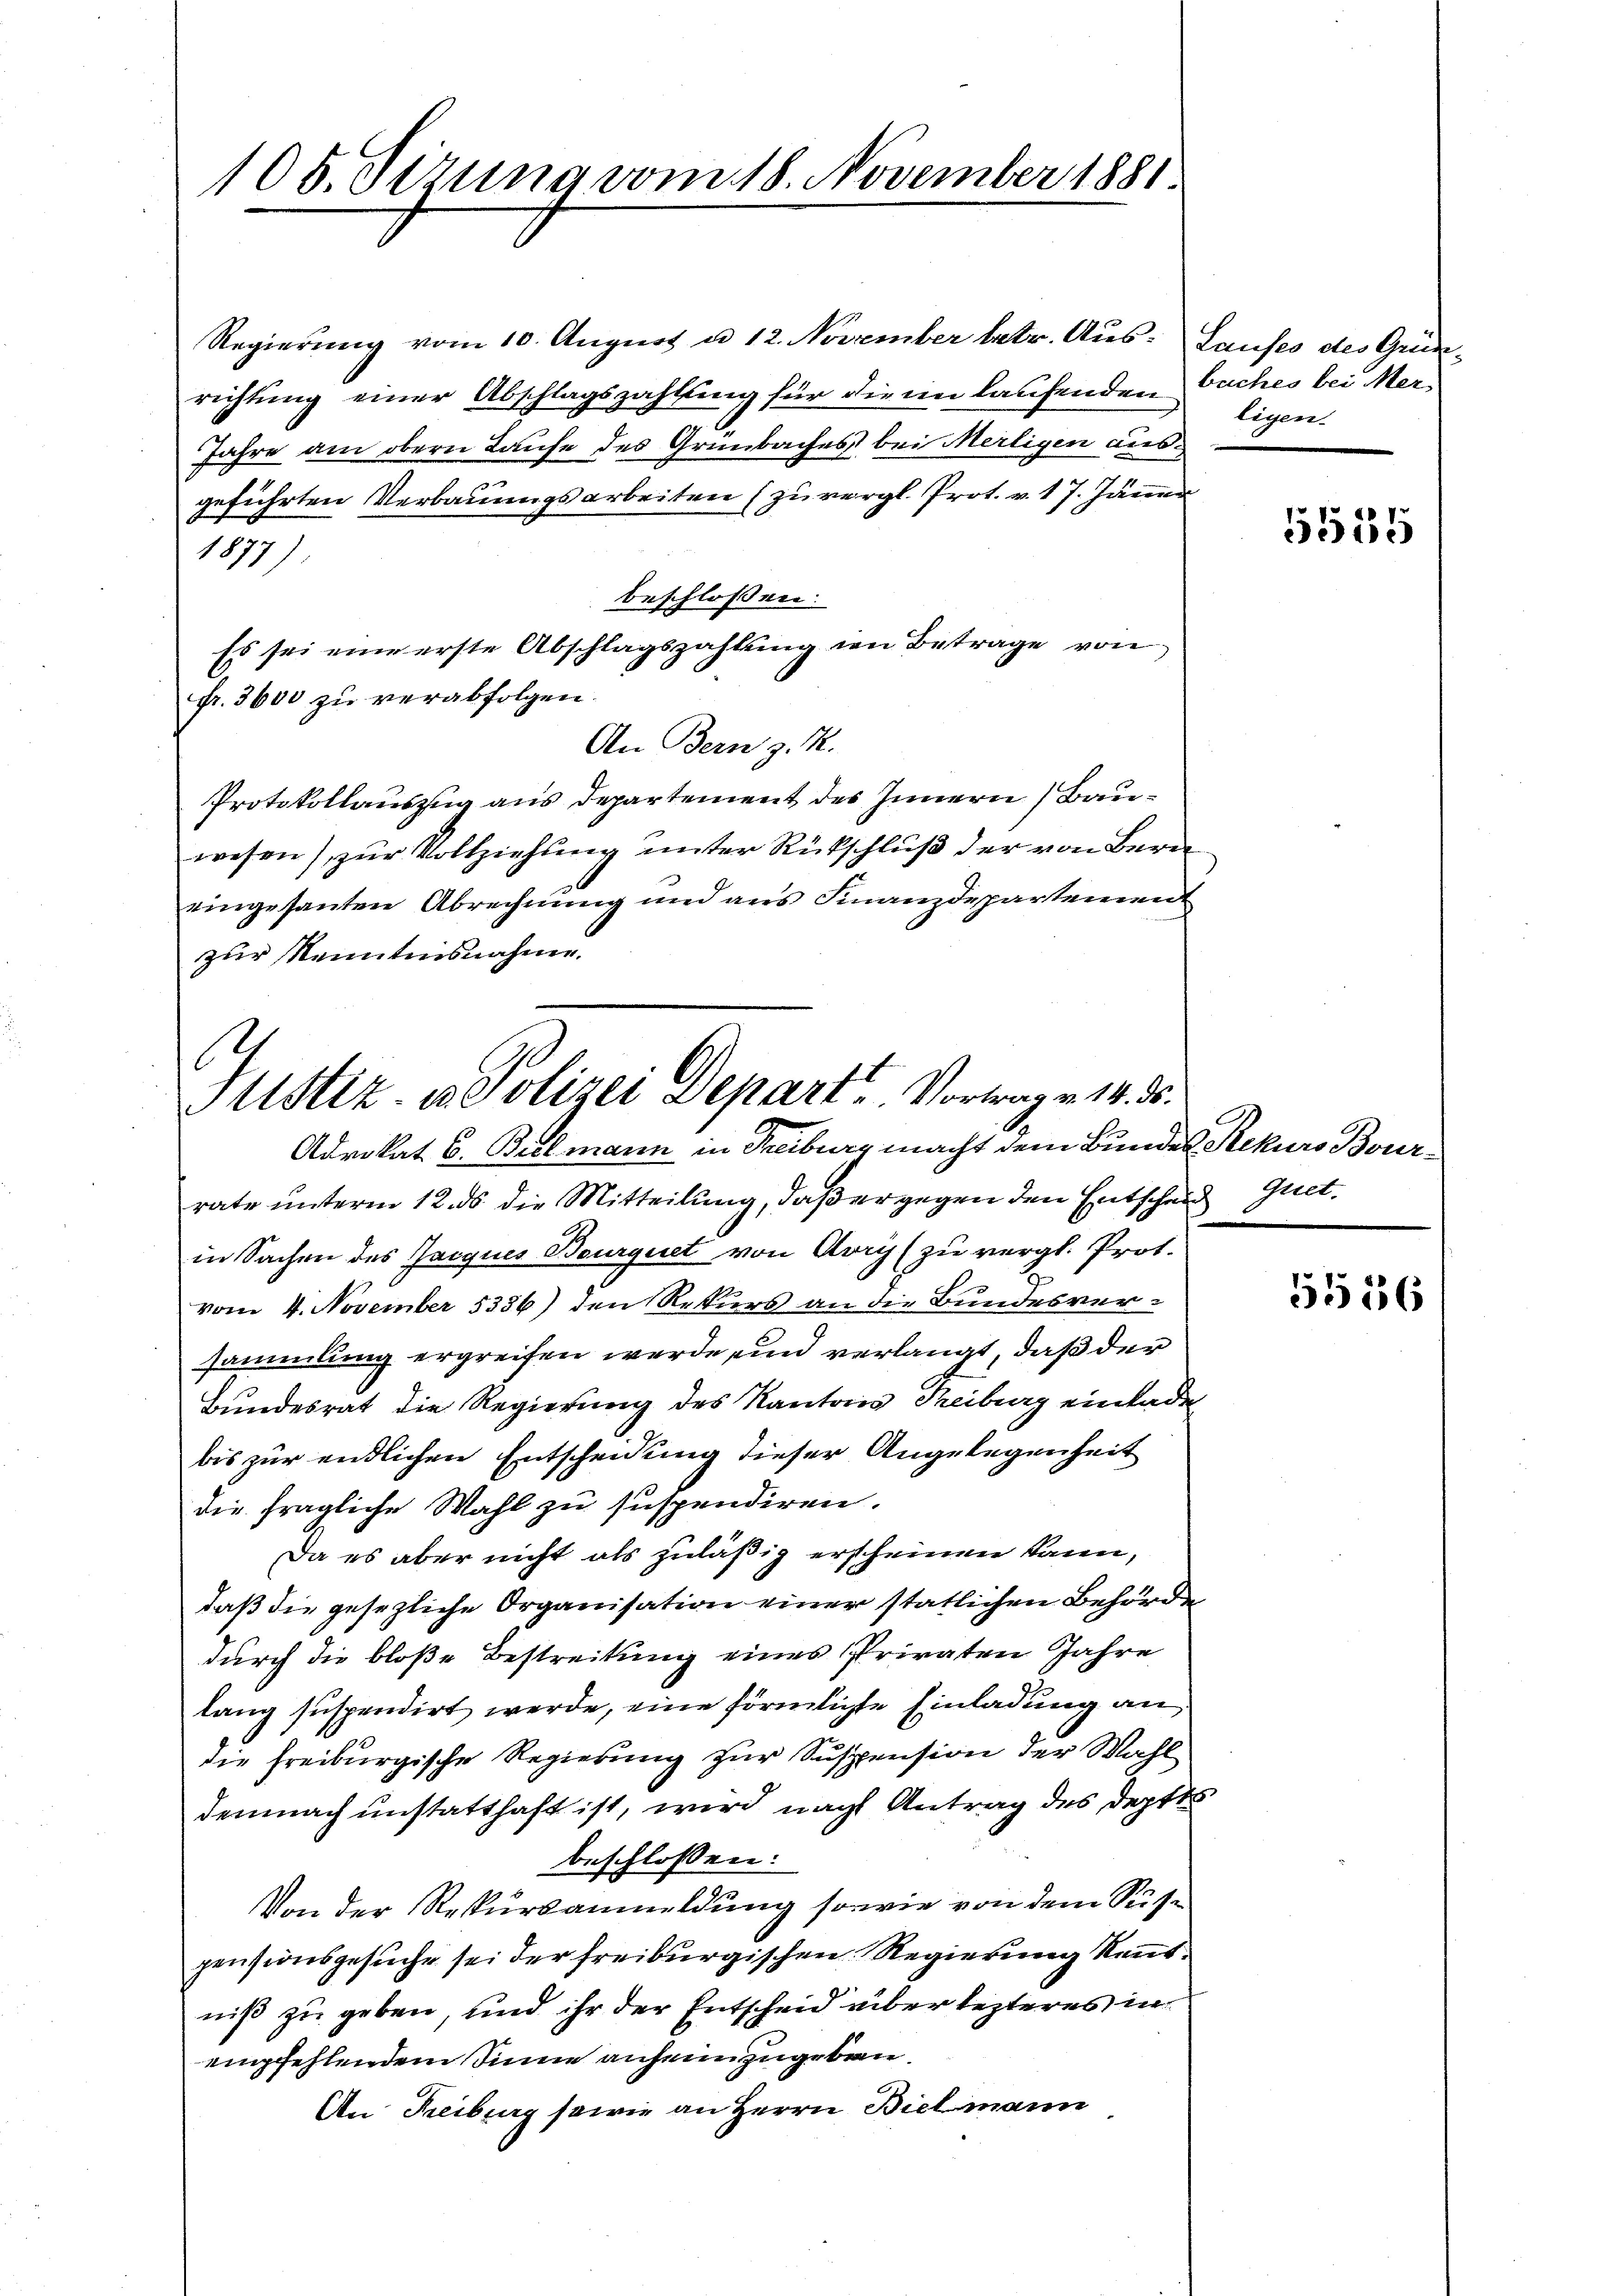
105. Dezung vom 18. November 1881

Regierung vom 10. August u. 12. November betr. Aus- Laufes des Grünrichtung einer Abschlagszahlung für die im laufenden Buches bei Mer¬
Jahre am obern Laufe des Grünbaches bei Merligen ausgeführten Verbauungsarbeiten (zu vergl. Prot. v. 17. Jäner
1877)
beschlossen:
Es sei eine erste Abschlagszahlung in Betrage von
fr. 3600 zu verabfolgen.
An Bern z. R.
Protokollauszug aus Departement des Innern Bauwesen) zur Vollziehung unter Rückschluß der von Beraeingesanten Abrechnung und aus Finanzdepartemen
zur Kenntnisnahme.
rate unterm 12. ds die Mitteilung, daß er gegen den Entscheid Guetin Sachen des Jacques Beurquet von Avry zu vergl. Prot.
vom 4. November 5356) den Rekurs an die Bundesversammlung ergreifen werde, und verlangt, daß der
Bundesrat die Regierung des Kantons Treiburg einladen
bis zur endlichen Entscheidung dieser Angelegenheit
die fragliche Wahl zu suspendiren.
Da es aber nicht als zuläßig erscheinen kann,
daß die gesezliche Organisation einer statlichen Behörde
durch die bloße Bestreitung eines Privaten Jahre
lang suspendirt werde, eine förmlichte Einladung an
die freiburgische Regierung zur Suspension der Wahl
demnach unstatthaft ist, wird nach Antrag des Deptts
beschlossen:
Von der Rekursanmeldung sowie von dem Suspensionsgesuche sei der freiburgischen Regierung kennt.
niß zu geben, und ihr der Entscheid über lezteres in
empfehlendem Sinne anheimzugeben.
An Reiburg sowie an Herrn Biel mann

Justiz- u. Polizei Depart. Vortrag v. 14. ds.
Advokat C. Balmann in Treiburg macht dem Bundes Rekurs Bour¬

ligen.

1555

5556